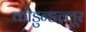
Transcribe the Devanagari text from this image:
कोडुन्ङल्लूर